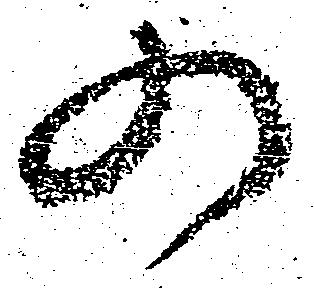
の